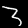
Digit: 3